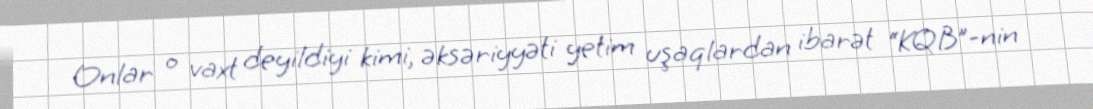
Onlar o vaxt deyildiyi kimi, əksəriyyəti yetim uşaqlardan ibarət “KQB”-nin